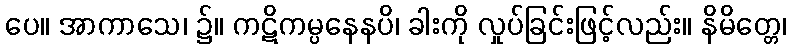
ပေ။ အာကာသေ၊ ၌။ ကဋိကမ္ပနေနပိ၊ ခါးကို လှုပ်ခြင်းဖြင့်လည်း။ နိမိတ္တေ၊